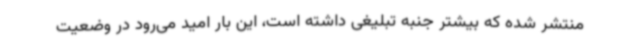
منتشر شده که بیشتر جنبه تبلیغی داشته است، این بار امید می‌رود در وضعیت